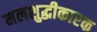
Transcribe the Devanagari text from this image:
मलशुद्धीकारक